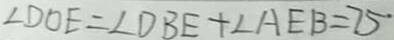
\angle D O E = \angle D B E + \angle A E B = 7 5 ^ { \circ }